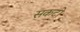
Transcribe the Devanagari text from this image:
सकटो